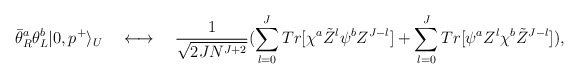
\begin{align*}\bar{\theta}_R^{a}\theta_{L}^{b}|0,p^+\rangle _U \quad\longleftrightarrow \quad {1\over \sqrt{2JN^{J+2}}}(\sum_{l=0}^JTr[\chi^a \tilde{Z}^l \psi^b Z^{J-l}]+\sum_{l=0}^J Tr[\psi^a Z^l\chi^b \tilde{Z}^{J-l}]), \end{align*}